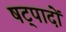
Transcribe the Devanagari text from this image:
षट्पादों